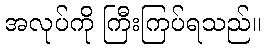
အလုပ်ကို ကြီးကြပ်ရသည်။